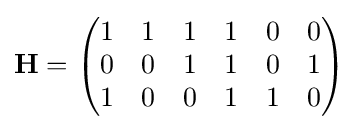
\mathbf {H} ={\begin{pmatrix}1&1&1&1&0&0\\0&0&1&1&0&1\\1&0&0&1&1&0\\\end{pmatrix}}